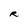
Character: R